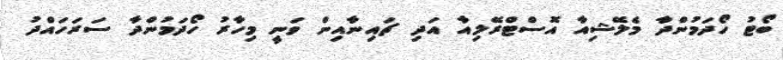
ބޯޓު ހޯދަމުންދާ މެލޭޝިއާ އޮސްޓްރޭލިއާ އަދި ޗައިނާއިން ވަނީ މިހާރު ހޯދަމުންދާ ސަރަހައްދު